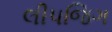
લીપજિગ